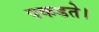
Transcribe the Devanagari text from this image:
पकडते।